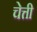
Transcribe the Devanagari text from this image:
चेत्ती